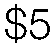
$5